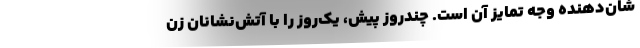
شان‌دهنده وجه تمایز آن است. چندروز پیش، یک‌روز را با آتش‌نشانان زن